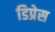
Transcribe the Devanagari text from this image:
डिप्रेस